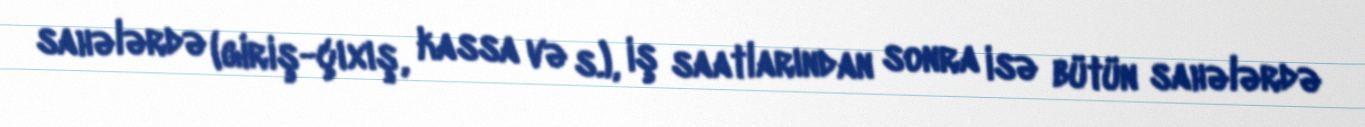
sahələrdə (giriş-çıxış, kassa və s.), iş saatlarından sonra isə bütün sahələrdə